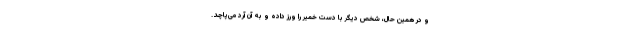
و در همین حال، شخص دیگر با دست خمیر را ورز داده و به آن آرد می‌پاچد.